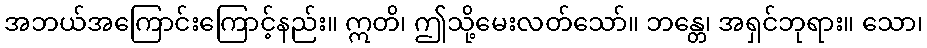
အဘယ်အကြောင်းကြောင့်နည်း။ ဣတိ၊ ဤသို့မေးလတ်သော်။ ဘန္တေ၊ အရှင်ဘုရား။ သော၊